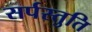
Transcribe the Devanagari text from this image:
सर्पस्तुति